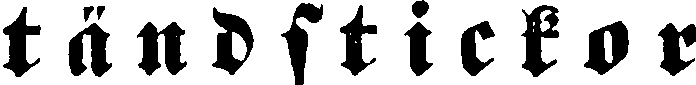
tändstickor